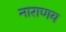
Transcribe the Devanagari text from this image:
नाराणय